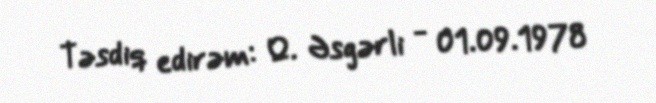
Təsdiq edirəm: Q. Əsgərli - 01.09.1978